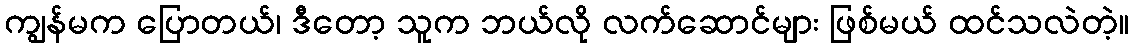
ကျွန်မက ပြောတယ်၊ ဒီတော့ သူက ဘယ်လို လက်ဆောင်များ ဖြစ်မယ် ထင်သလဲတဲ့။